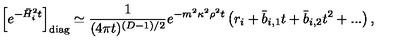
\left[ e ^ { - \bar { H } _ { i } ^ { 2 } t } \right] _ { \mathrm { d i a g } } \simeq { \frac { 1 } { ( 4 \pi t ) ^ { ( D - 1 ) / 2 } } } e ^ { - m ^ { 2 } \kappa ^ { 2 } \rho ^ { 2 } t } \left( r _ { i } + \bar { b } _ { i , 1 } t + \bar { b } _ { i , 2 } t ^ { 2 } + . . . \right) ,